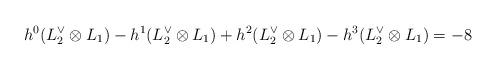
LaTeX: \begin{align*}h^{0}(L_{2}^{\vee} \otimes L_{1})-h^{1}(L_{2}^{\vee} \otimes L_{1})+h^{2}(L_{2}^{\vee} \otimes L_{1})-h^{3}(L_{2}^{\vee} \otimes L_{1})=-8\end{align*}